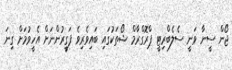
ޖޯން ސީނާ ވަނީ ސެލެބްރިޓީ ޕްރޮގްރާމް ޝޯތަކުގައި ބައިވެރިވެ ފަގީރުންނަށް އެހީވުމަށް ގިނަ